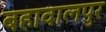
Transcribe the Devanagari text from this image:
बहावालपुर